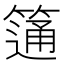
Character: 𥲆